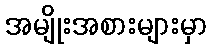
အမျိုးအစားများမှာ